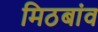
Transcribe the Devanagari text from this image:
मिठबांव